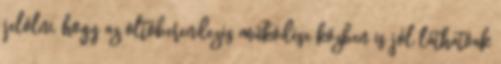
jelölni, hogy az oltóberendezés mûködése közben is jól láthatóak